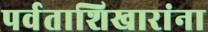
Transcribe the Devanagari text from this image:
पर्वताशिखारांना